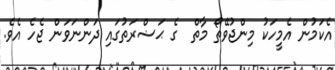
އެކަމުން އެމީހަކު މިންޖުވޭތޯ މާތް  ގެ ޙަޟްރަތުގައި ދަންނަވަން ޖެހެ އެވެ.